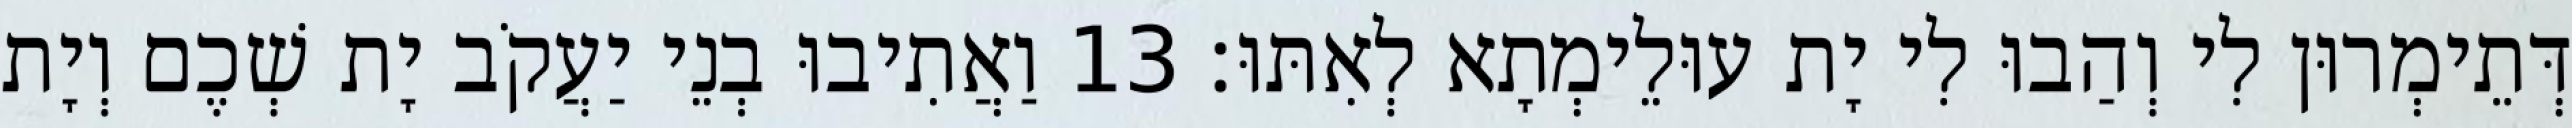
דְּתֵימְרוּן לִי וְהַבוּ לִי יָת עוּלֵימְתָא לְאִתּוּ׃ 13 וַאֲתִיבוּ בְנֵי יַעֲקֹב יָת שְׁכֶם וְיָת